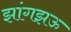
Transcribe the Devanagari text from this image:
झांगझऊ